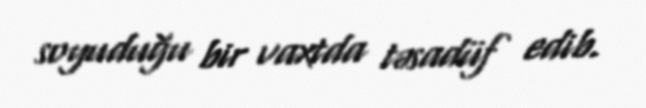
soyuduğu bir vaxtda təsadüf edib.